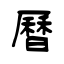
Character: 曆